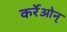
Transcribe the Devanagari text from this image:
कर्रेओन्